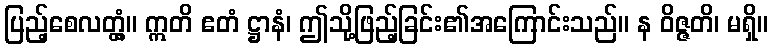
ပြည့်စေလတ္တံ့။ ဣတိ ဧတံ ဋ္ဌာနံ၊ ဤသို့ဖြည့်ခြင်း၏အကြောင်းသည်။ န ဝိဇ္ဇတိ၊ မရှိ။